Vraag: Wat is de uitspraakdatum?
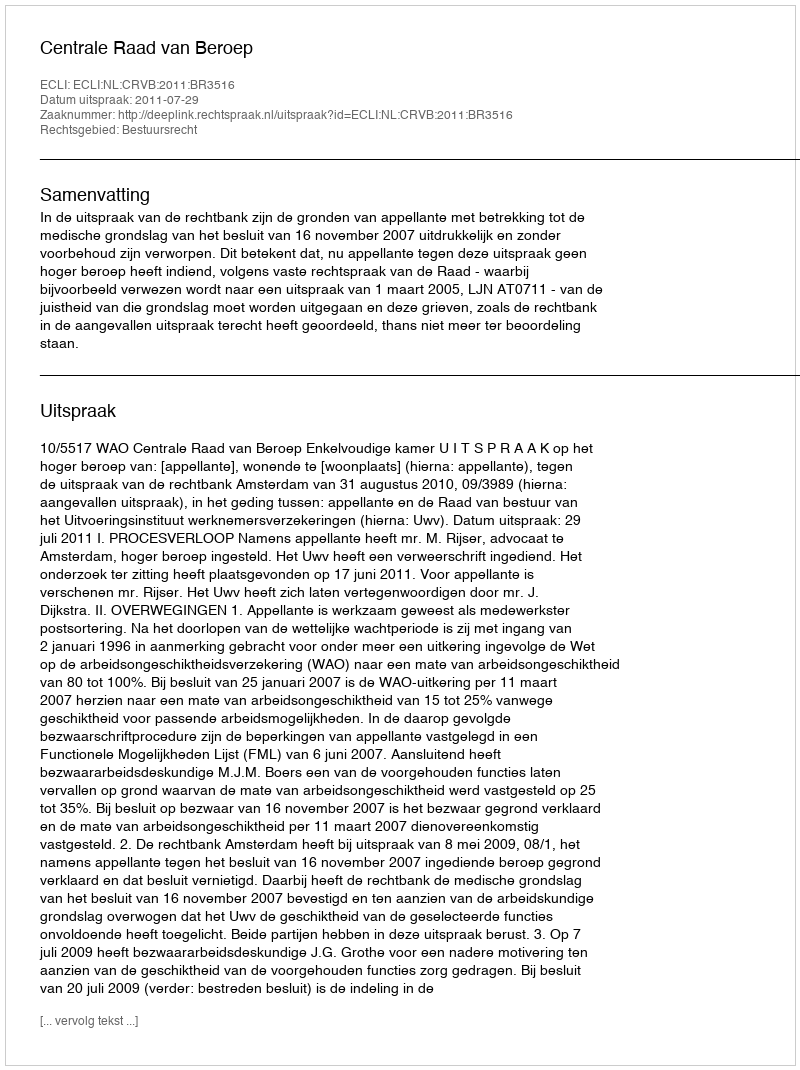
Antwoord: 2011-07-29